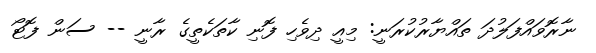
ނާރޮވައްފަލުދަ ތައްޔާރުކުރަނީ: މިއީ ދިވެހި ފޮނި ކާތަކެތީގެ ރާނީ -- ސަން ފޮޓޯ